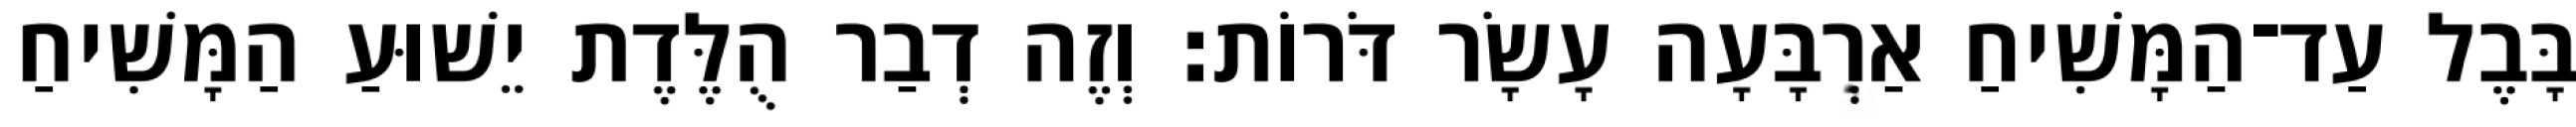
בָּבֶל עַד־הַמָּשִׁיחַ אַרְבָּעָה עָשָׂר דֹּרוֹת׃ וְזֶה דְבַר הֻלֶּדֶת יֵשׁוּעַ הַמָּשִׁיחַ